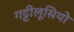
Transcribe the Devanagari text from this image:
गट्टीलूसियो